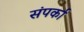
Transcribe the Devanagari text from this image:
संपर्का